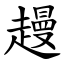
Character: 䟂